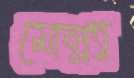
মোল্ল্যা